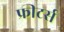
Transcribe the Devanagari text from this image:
फ्रीटर्स